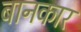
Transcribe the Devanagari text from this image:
बानकार